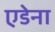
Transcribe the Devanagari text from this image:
एडेना